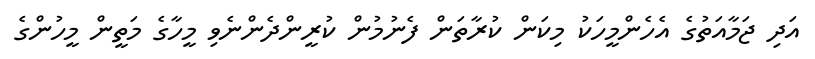
އަދި ޖަމާއަތުގެ އެހެންމީހަކު މިކަން ކުރާތަން ފެނުމުން ކުރީންދެންނެވި މީހާގެ މަތީން މީހުންގެ